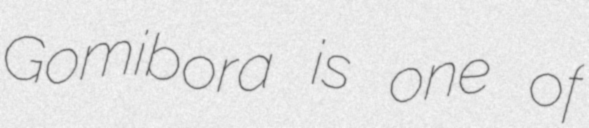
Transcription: Gomibora is one of